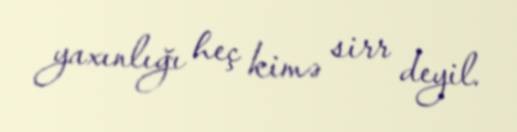
yaxınlığı heç kimə sirr deyil.